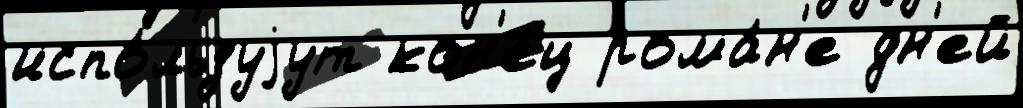
испо́льзуjут кон'е́ц рома́н'е дн'ей